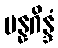
ပန္နဂိန္ဒံ